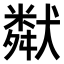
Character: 𤡩